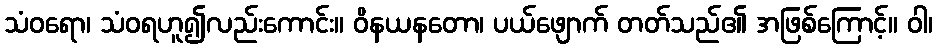
သံဝရော၊ သံဝရဟူ၍လည်းကောင်း။ ဝိနယနတော၊ ပယ်ဖျောက် တတ်သည်၏ အဖြစ်ကြောင့်။ ဝါ၊